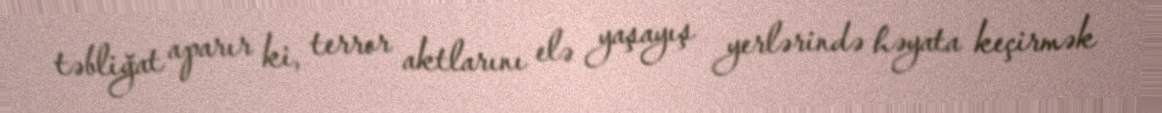
təbliğat aparır ki, terror aktlarını elə yaşayış yerlərində həyata keçirmək